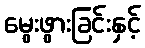
မွေးဖွားခြင်းနှင့်